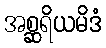
အစ္ဆရိယမိဒံ